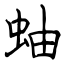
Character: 蚰